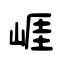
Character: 崕